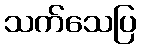
သက်သေပြ